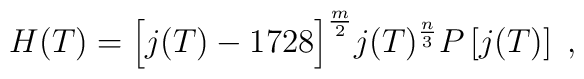
H(T)=\Bigl[j(T)-1728\Bigr]^{\frac{m}{2}}j(T)^{\frac{n}{3}}P\left[j(T)\right]\;,